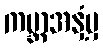
ကမ္ဘာအနှံ့မှ